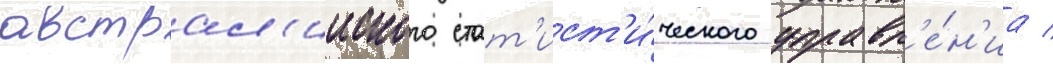
австрал'ииского стат'ист'и́ческого управл'е́н'иа /